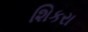
શિકરા